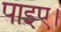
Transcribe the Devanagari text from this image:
पाइए।